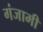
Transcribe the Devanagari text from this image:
गंजामी